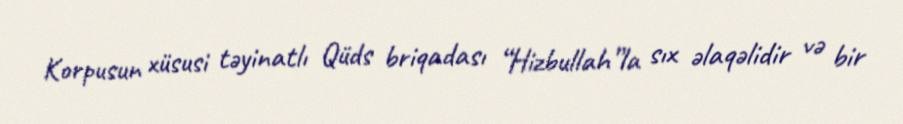
Korpusun xüsusi təyinatlı Qüds briqadası “Hizbullah”la sıx əlaqəlidir və bir